Annual vaccination report of Bihar and Orissa - 1911-1928
Year: 1911
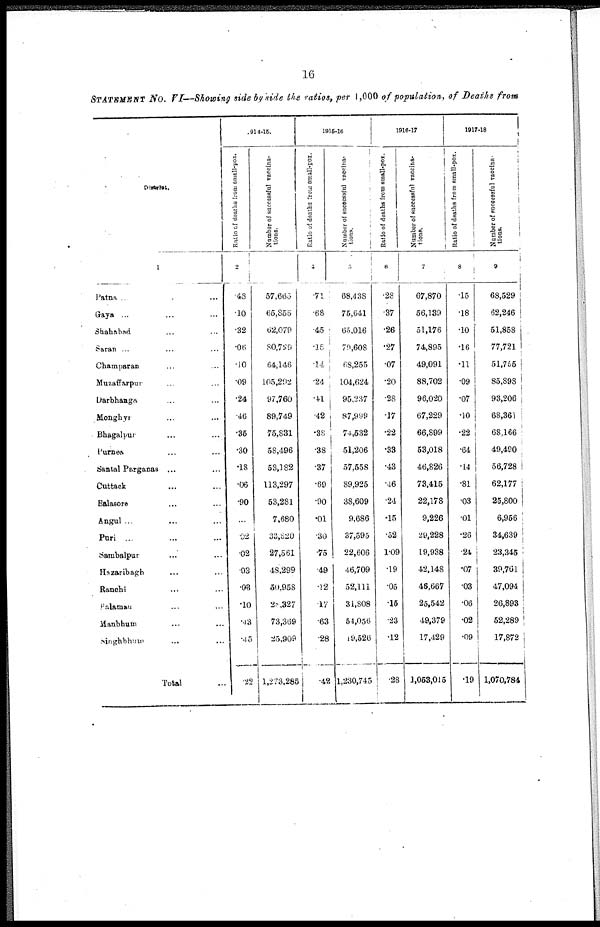
16
STATEMENT NO. VI—Showing side by side the ratios, per 1,000 of population, of Deaths from
District.
1
Patna ... ... ...
Gaya ... ... ...
Shahabad ... ...
Saran ... ... ...
Champaran ... ...
Muzaffarpur ... ...
Darbhanga ... ...
Monghyr ... ... ...
Bhagalpur ... ... ...
Purnea ... ... ...
Santal Parganas ...
Cuttack ... ...
Balasore ... ...
Angul ...
Puri ... ...
Sambalpur ... ...
Hazaribagh ... ...
Ranchi ... ... ...
Palamau ... ... ...
Manbhum ... ... ...
Singhbhum ... ... ...
Total ...
1914-15.
Ratio of deaths from small-pox.
2
.48
.10
.32
.06
.10
.09
.24
.46
.35
.30
.18
.06
.90
...
.02
02
03
.03
.10
.43
.45
.22
Number of successful vaccina-
tions.
3
57,665
65,855
62,079
80,729
64,146
105,292
97,760
89,749
75,831
58,496
53,182
113,297
53,281
7,680
33,820
27,561
48,299
50,958
28,327
73,369
25,909
1,273,285
1915-16
Ratio of deaths from small-pox.
4
.71
.68
.45
.15
.14
.24
.41
.42
.38
.38
.37
.69
.90
.01
.30
.75
.49
.12
.17
.63
.28
.42
Number of successful vaccina-
tions.
5
68,438
75,641
65,016
79,608
68,255
104,624
95,237
87,999
74,532
51,206
57,558
89,925
38,609
9,686
37,595
22,606
46,709
52,111
31,808
54,056
19,526
1,230,745
1916-17
Ratio of deaths from
small-pox.
6
.28
.37
.26
.27
.07
.20
.28
.17
.22
.33
.43
.46
.24
.15
.52
1.09
.19
.05
.15
.23
.12
.28
Number of successful vaccina-
tions.
7
67,870
56,139
51,176
74,895
49,091
88,702
96,020
67,229
66,899
53,018
46,826
73,415
22,178
9,226
29,228
19,938
42,148
46,667
25,542
49,379
17,429
1,053,015
1917-18
Ratio of deaths from small-pox.
8
.15
.18
.10
.16
.11
.09
.07
.10
.22
.64
.14
.81
.03
.01
.26
.24
.07
.03
.06
.02
.09
.19
Number of suceessful vaccina-
tions.
9
68,529
62,246
51,858
77,721
51,755
85,898
93,206
68,361
68,166
49,490
56,728
62,177
25,800
6,956
34,639
23,345
39,761
47,094
26,893
52,289
17,872
1,070,784